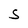
Character: S